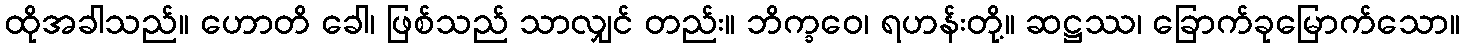
ထိုအခါသည်။ ဟောတိ ခေါ၊ ဖြစ်သည် သာလျှင် တည်း။ ဘိက္ခဝေ၊ ရဟန်းတို့။ ဆဋ္ဌဿ၊ ခြောက်ခုမြောက်သော။